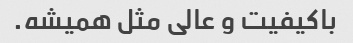
باکیفیت و عالی مثل همیشه.